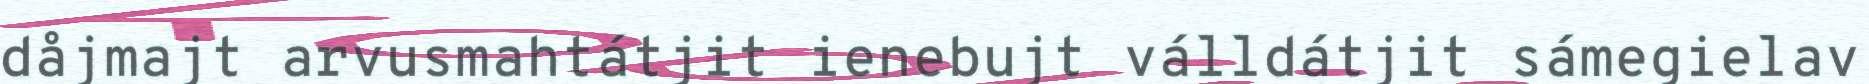
dåjmajt arvusmahtátjit ienebujt válldátjit sámegielav